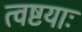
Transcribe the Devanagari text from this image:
त्वष्टयाः